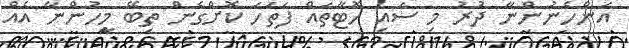
އަންހެނުންނާ ދުރު މި ސައި ހޮޓާތައް ފަތަހަ ކޮށްގެން ތިބޭ މީހުންނާ އެއް